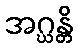
အဂ္ဃန္တိ